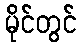
မိုင်တွင်